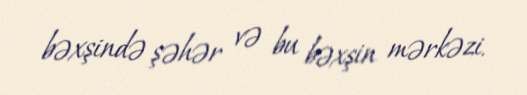
bəxşində şəhər və bu bəxşin mərkəzi.